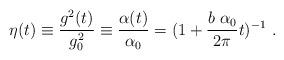
LaTeX: \begin{align*}\eta (t)\equiv {\frac{g^2(t)}{g^2_0}}\equiv {\frac{\alpha(t)}{\alpha_0}}=(1+{\frac{b~ \alpha_0}{2\pi}}t)^{-1}~.\end{align*}